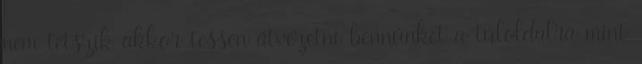
nem tetszik akkor tessen átvezetni bennünket a túloldalra mint